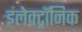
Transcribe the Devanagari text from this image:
इलेक्‍ट्रॉनिक